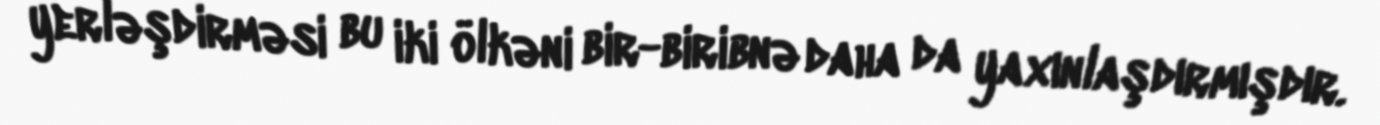
yerləşdirməsi bu iki ölkəni bir-biribnə daha da yaxınlaşdırmışdır.